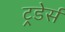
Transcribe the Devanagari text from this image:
ट्रडेर्स